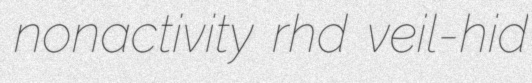
nonactivity rhd veil-hid